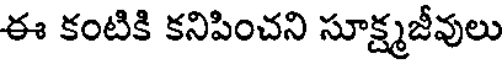
ఈ కంటికి కనిపించని సూక్ష్మజీవులు